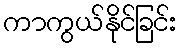
ကာကွယ်နိုင်ခြင်း